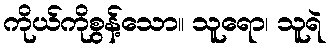
ကိုယ်ကိုစွန့်သော။ သူရော၊ သူရဲ